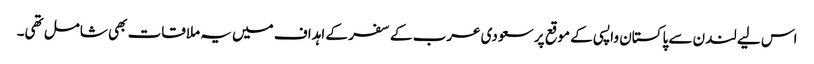
اس لیے لندن سے پاکستان واپسی کے موقع پر سعودی عرب کے سفر کے اہداف میں یہ ملاقات بھی شامل تھی۔